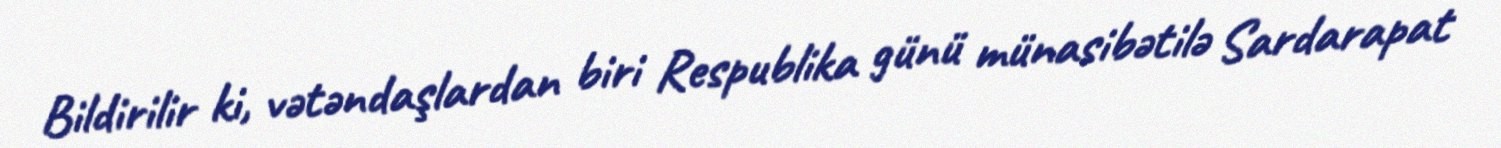
Bildirilir ki, vətəndaşlardan biri Respublika günü münasibətilə Sardarapat